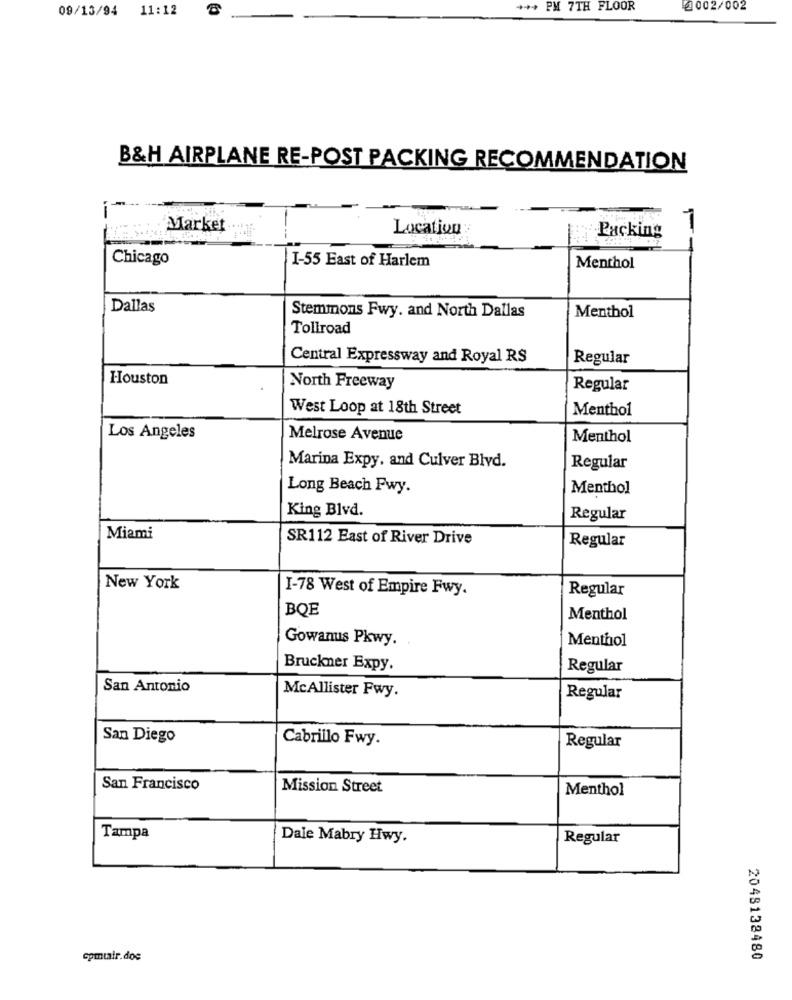
09/13/94 11:12
- PM 7TH FLOOR
2002/002
B&H AIRPLANE RE-POST PACKING RECOMMENDATION
Market
Location
Packing
Chicago
I-55 East of Harlem
Menthol
Dallas
Stemmons Fwy. and North Dallas
Menthol
Tollroad
Central Expressway and Royal RS
Regular
Houston
North Freeway
Regular
West Loop at 18th Street
Menthol
Los Angeles
Melrose Avenue
Menthol
Marina Expy. and Culver Blvd.
Regular
Long Beach Pwy.
Menthol
King Blvd.
Regular
Miami
SR112 East of River Drive
Regular
New York
I-78 West of Empire Fwy.
Regular
BQE
Menthol
Gowanus Pkwy.
Menthol
Bruckner Expy.
Regular
San Antonio
McAllister Fwy.
Regular
San Diego
Cabrillo Fwy.
Regular
San Francisco
Mission Street
Menthol
Tampa
Dale Mabry Hwy.
Regular
cpmtair.doe
2048138480